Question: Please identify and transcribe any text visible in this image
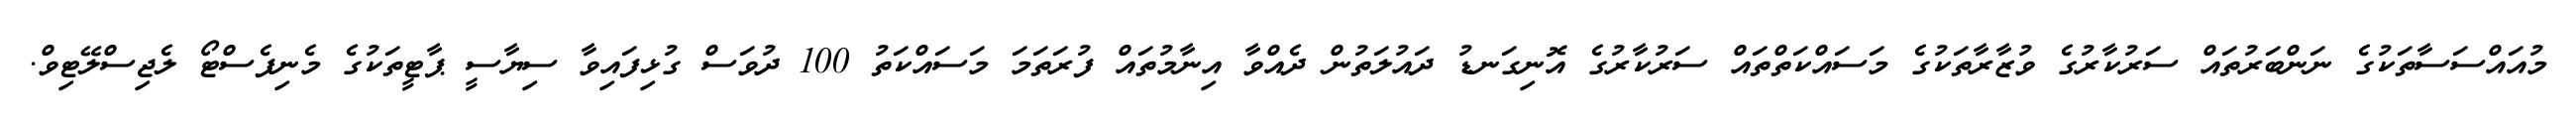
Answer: މުއައްސަސާތަކުގެ ނަންބަރުތައް ސަރުކާރުގެ ވުޒާރާތަކުގެ މަސައްކަތްތައް ސަރުކާރުގެ އޮނިގަނޑު ދައުލަތުން ދެއްވާ އިނާމުތައް ފުރަތަމަ މަސައްކަތު 100 ދުވަސް ގުޅިފައިވާ ސިޔާސީ ޕާޓީތަކުގެ މެނިފެސްޓޯ ލެޖިސްލޭޓިވް.